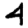
Digit: 4